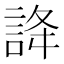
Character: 𧧭